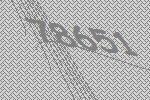
78651